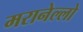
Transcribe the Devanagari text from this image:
मरानेल्लो